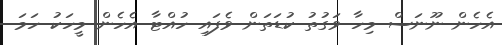
އެހެން ނޫނަސް މިހާ ވަގުތު ކުޑަތަން ވެފައި ހުއްޓާ އެހެން މީހަކު ހަމަ